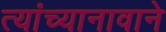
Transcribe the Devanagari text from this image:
त्यांच्यानावाने